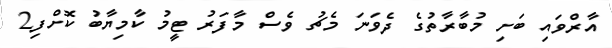
އާރްވައި ބަށި މުބާރާތުގެ ދެވަނަ މެޗު ވެސް މާފަރު ޓީމު ކާމިޔާބު ކޮށްފި2